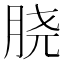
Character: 𰮝